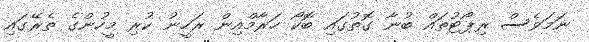
ނަމަވެސް ރިޕޯޓުތައް ބުނާ ގޮތުގައި ބޮކޯ ހަރާމްއިން ރަހީނު ކުރި މީހުންގެ ތެރޭގައި